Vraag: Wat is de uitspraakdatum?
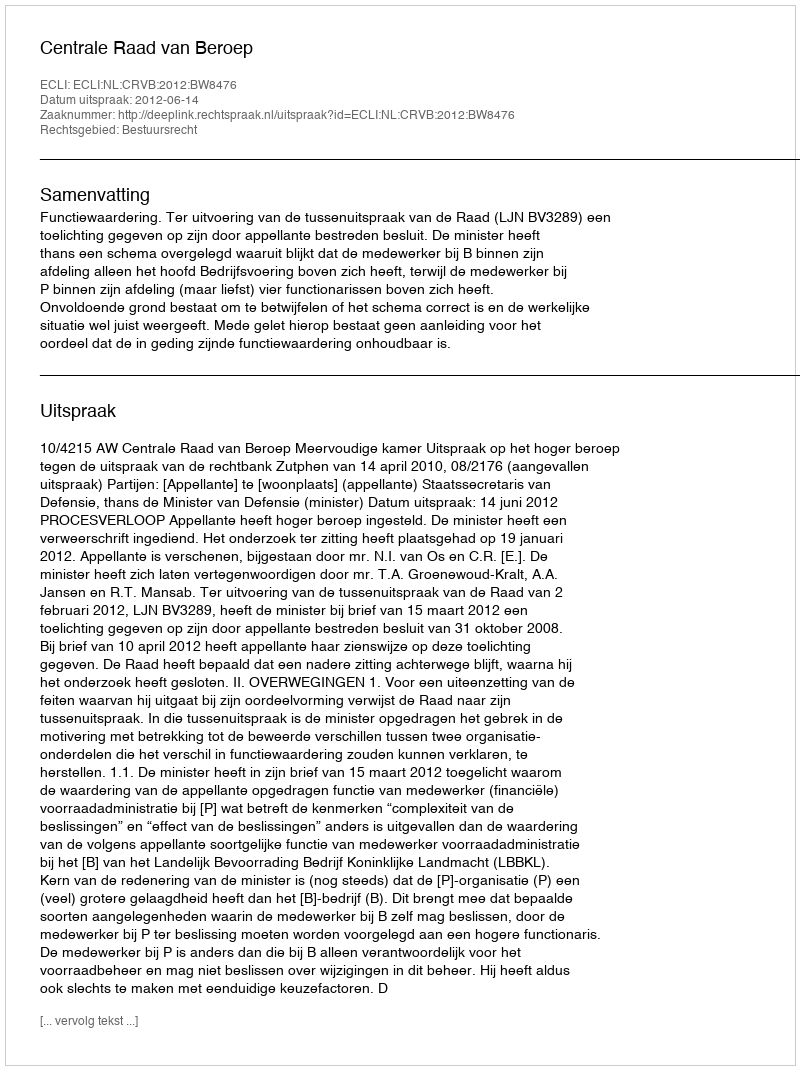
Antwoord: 2012-06-14